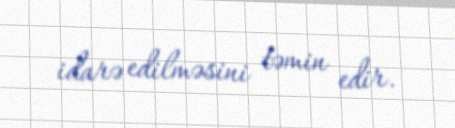
idarə edilməsini təmin edir.